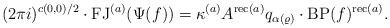
LaTeX: \begin{align*}(2\pi i )^{ c(0,0)/2 } \cdot \mathrm{FJ}^{(a)}( \Psi(f) ) = \kappa^{(a)} A^{\mathrm{rec}(a)} q_{ \alpha( \varrho) } \cdot \mathrm{BP}(f)^{ \mathrm{rec}(a) } .\end{align*}